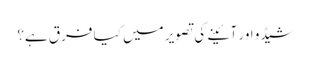
شیڈو اور آئینے کی تصویر میں کیا فرق ہے؟